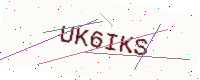
Text: UK6IKS